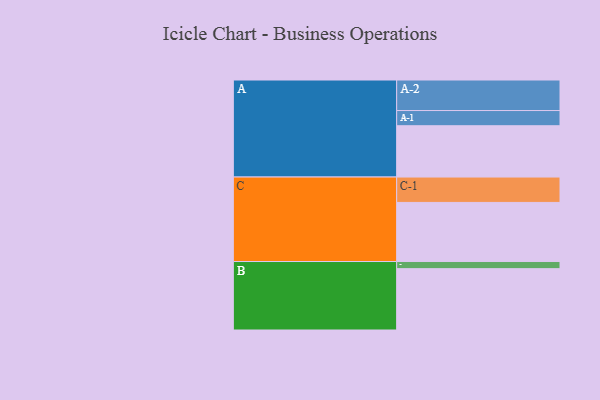
{"axis": {"x": "Segment", "y": "Value"}, "legend": ["", "A", "B", "C"], "data": [{"x": "A", "y": 388, "type": ""}, {"x": "B", "y": 464, "type": ""}, {"x": "C", "y": 447, "type": ""}, {"x": "A-1", "y": 115, "type": "A"}, {"x": "A-2", "y": 231, "type": "A"}, {"x": "B-1", "y": 54, "type": "B"}, {"x": "C-1", "y": 192, "type": "C"}]}